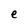
Character: e